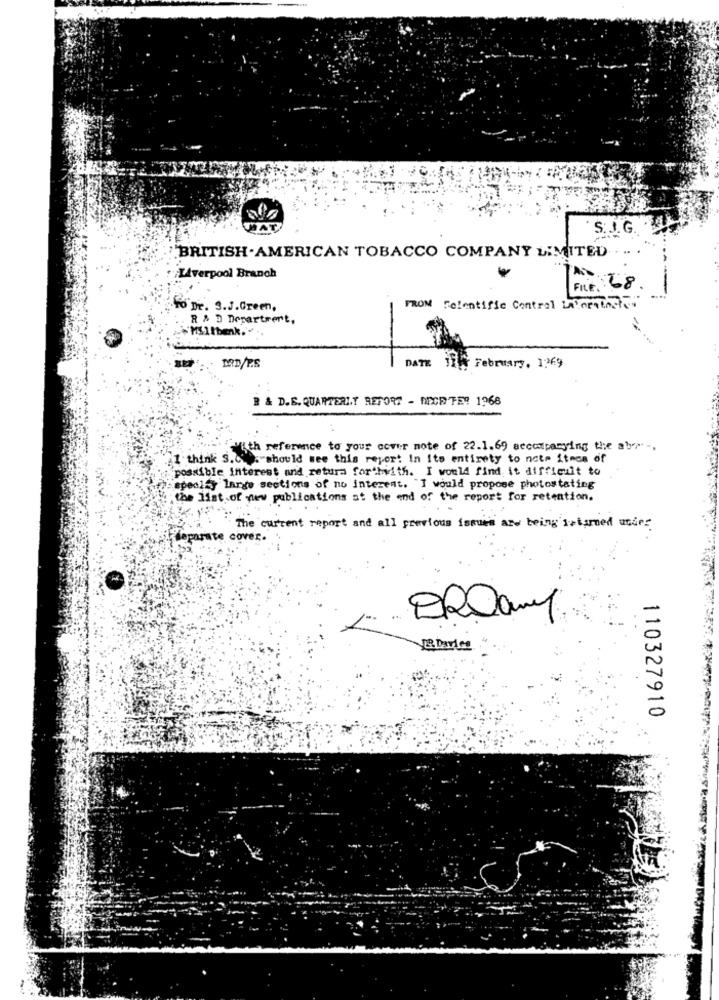
MAT
S.J.G.
BRITISH.AMERICAN TOBACCO COMPANY LIMITED
Liverpool Branch
FILE. 68
To Dr. S.J.Green,
FROM Felentific Control La or thche
R & D Department,
~Millbank ...
MRD/PS
DATE 11% February, 1269
B & D.E.QUARTERLY REFORT - NICE TER 1968
I think she eninice to your cover note of 22.1.69 accompanying the abr.
S.C. . should see this report In its entirety to note itnos of
possible interest and retura forthwith. I would find it difficult to
specify large sections of no interent. "I would propose photostating
the list of new publications at the end of the report for retention,
..
The current report and all previous issues are being isturned usdes
deparate cover.
Le Dares
110327910